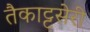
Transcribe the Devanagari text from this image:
तैकाट्टसेरी